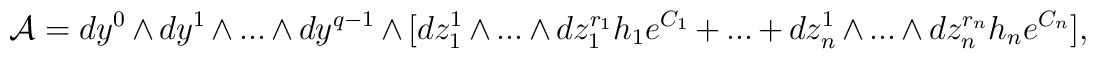
{\cal A} =dy^{0}\wedge dy^{1}\wedge ...\wedge dy^{q-1}\wedge[dz^{1}_{1}\wedge...\wedge dz^{r_{1}}_{1}h_{1}e^{C_{1}}+...+dz^{1}_{n}\wedge...\wedge dz^{r_{n}}_{n}h_{n}e^{C_{n}}],